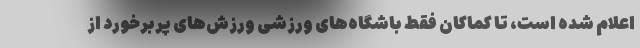
اعلام شده است، تا کماکان فقط باشگاه‌های ورزشی ورزش‌های پربرخورد از